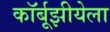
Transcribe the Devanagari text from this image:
कॉर्बूझीयेला